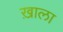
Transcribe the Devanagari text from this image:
ख़ाला